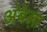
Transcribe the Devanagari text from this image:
अंबेला